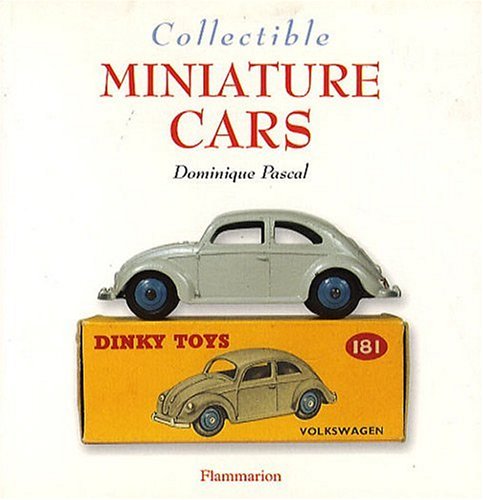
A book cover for Collectible Miniature Cars (Collectibles); Dominique Pascal; Engineering & Transportation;